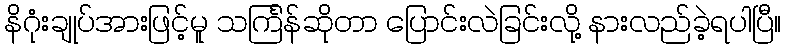
နိဂုံးချုပ်အားဖြင့်မူ သင်္ကြန်ဆိုတာ ပြောင်းလဲခြင်းလို့ နားလည်ခဲ့ရပါပြီ။